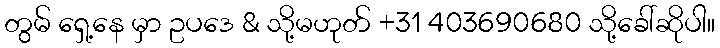
တွမ် ရှေ့နေ မှာ ဥပဒေ & သို့မဟုတ် +31 403690680 သို့ခေါ်ဆိုပါ။